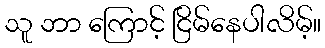
သူ ဘာ ကြောင့် ငြိမ်နေပါလိမ့်။